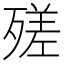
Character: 𣩈